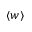
\left< w \right>